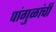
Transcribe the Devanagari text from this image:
पांगुळांची